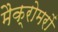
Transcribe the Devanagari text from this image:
मैक्रोमरों